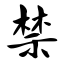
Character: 禁